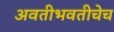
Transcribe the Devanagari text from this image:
अवतीभवतीचेच